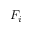
F _ { i }